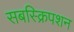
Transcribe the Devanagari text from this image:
सबस्क्रिपशन